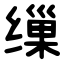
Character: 缫